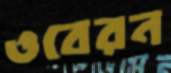
ওবেরন